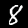
Digit: 8